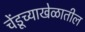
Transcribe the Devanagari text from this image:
चेंडूच्याखेळातील